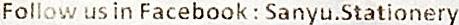
FOLLOW US IN FACEBOOK : SANYU.STATIONERY